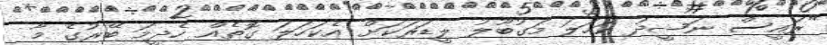
"ރައީސް ނަޝީދު ކަހަލަ މަގުބޫލު ލީޑަރަކަށް އެކަހަލަ ގޮތެއް ހެދީމަ ބޭރުގެ މާ